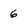
Character: 6